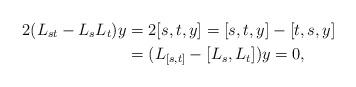
LaTeX: \begin{align*} 2(L_{st}-L_sL_t)y&=2[s,t,y]=[s,t,y]-[t,s,y]\\ &=(L_{[s,t]}-[L_s,L_t])y =0,\end{align*}